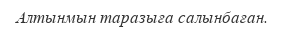
Алтынмын таразыға салынбаған.